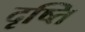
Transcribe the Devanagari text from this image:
दृष्ति